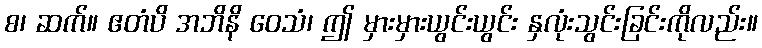
စ၊ ဆက်။ ဧတံပိ အဘိနိ ဝေသံ၊ ဤ မှားမှားယွင်းယွင်း နှလုံးသွင်းခြင်းကိုလည်း။